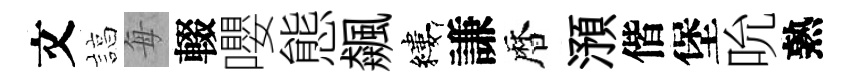
文諄每輟嚶態飆縷謙暦澦偕堡吮熟